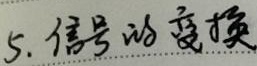
5. 信号的变换